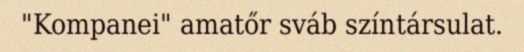
"Kompanei" amatőr sváb színtársulat.